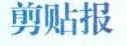
剪贴报